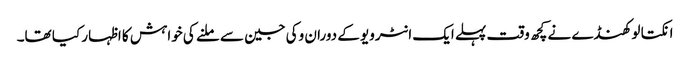
انکتا لوکھنڈے نے کچھ وقت پہلے ایک انٹرویو کے دوران وکی جین سے ملنے کی خواہش کا اظہار کیا تھا۔